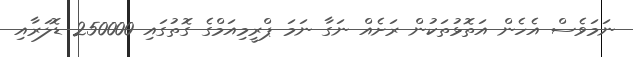
ނަމަވެސް އެހެން އަތޮޅުތަކުން ރަށެއް ނަގާ ނަމަ ޕްރީމިއަމްގެ ގޮތުގައި 250000 ޑޮލަރާއި